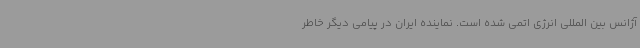
آژانس بین المللی انرژی اتمی شده است. نماینده ایران در پیامی دیگر خاطر